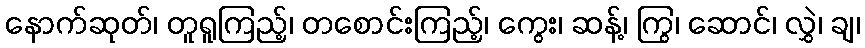
နောက်ဆုတ်၊ တူရူကြည့်၊ တစောင်းကြည့်၊ ကွေး၊ ဆန့်၊ ကြွ၊ ဆောင်၊ လွှဲ၊ ချ၊